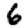
Digit: 6